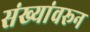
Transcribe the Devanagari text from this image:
संख्यांवरून